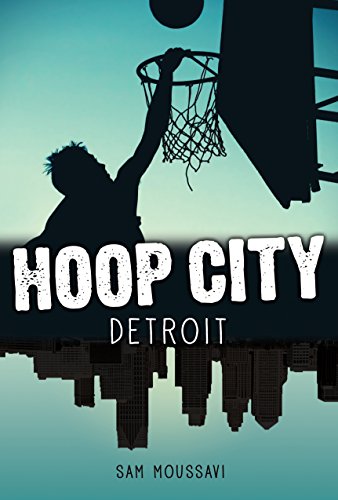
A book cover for Detroit (Hoop City); Sam Moussavi; Teen & Young Adult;